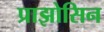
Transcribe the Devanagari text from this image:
प्राझोसिन